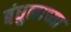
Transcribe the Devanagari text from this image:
बंधुत्वाच्या